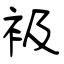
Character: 衱